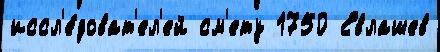
иссл'е́доват'ел'ей см'ету 1750 Евлашев